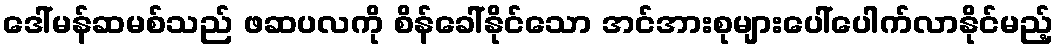
ဒေါ်မန်ဆမစ်သည် ဖဆပလကို စိန်ခေါ်နိုင်သော အင်အားစုများပေါ်ပေါက်လာနိုင်မည့်